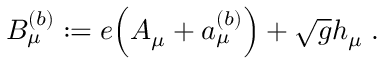
B _ { \mu } ^ { ( b ) } : = e \Big ( A _ { \mu } + a _ { \mu } ^ { ( b ) } \Big ) + \sqrt { g } h _ { \mu } \; .